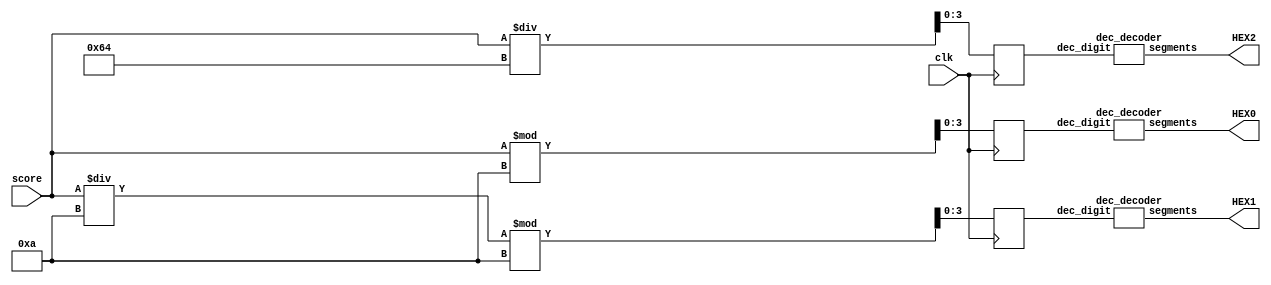
module ScoreDisplay(
	 // input CLOCK_50, //for test	
	input clk,
    input [7:0] score,
	output [6:0] HEX2, HEX1, HEX0 
    );
	
	reg [3:0] dig_2;
	reg [3:0] dig_1;
	reg [3:0] dig_0;
	
	always @ (posedge clk)
	begin
		dig_2 <= score / 8'd100; // score/100
		dig_1 <= (score / 8'd10) % 8'd10;  // (score/10)%10
		dig_0 <= score % 8'd10; // score%10
	end

	dec_decoder D0(
		.dec_digit(dig_0),
		.segments(HEX0)
		);

	dec_decoder D1(
		.dec_digit(dig_1),
		.segments(HEX1)
		);

	dec_decoder D2(
		.dec_digit(dig_2),
		.segments(HEX2)
		);

endmodule

module dec_decoder(dec_digit, segments);
    input [3:0] dec_digit;
    output reg [6:0] segments;
   
    always @(*)
        case (dec_digit)
            4'd0: segments = 7'b100_0000;
            4'd1: segments = 7'b111_1001;
            4'd2: segments = 7'b010_0100;
            4'd3: segments = 7'b011_0000;
            4'd4: segments = 7'b001_1001;
            4'd5: segments = 7'b001_0010;
            4'd6: segments = 7'b000_0010;
            4'd7: segments = 7'b111_1000;
            4'd8: segments = 7'b000_0000;
            4'd9: segments = 7'b001_1000;
			default: segments = 7'b0;
        endcase
endmodule